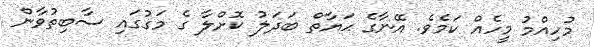
މުހިއްމު މީހެއް ކަމެވެ. އޭނާގެ ޙަޔާތް ބަދަލު ކޮށްލާ ގެ މަގުގައި ސާބިތުވާން